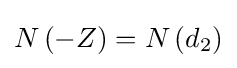
N\left(-Z\right)=N\left(d_{2}\right)